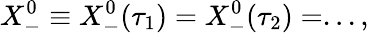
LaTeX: X_{-}^{0}\equiv X_{-}^{0}(\tau_{1})=X_{-}^{0}(\tau_{2})=...,